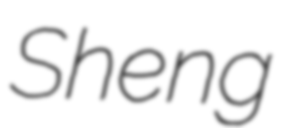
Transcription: Sheng